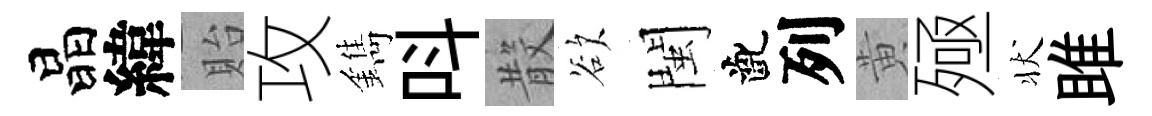
晶緯貽攻鐫呌𣪚欲閩齔列黄殛状雎